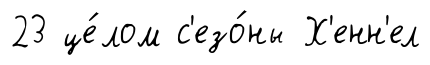
23 це́лом с'езо́ны Х'енн'ел